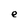
Character: e